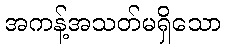
အကန့်အသတ်မရှိသော